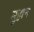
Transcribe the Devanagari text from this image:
मुहान